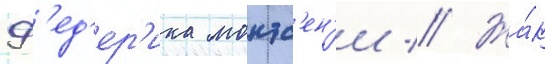
Ф'ед'ер'ика монтс'ен'и // Жа́к